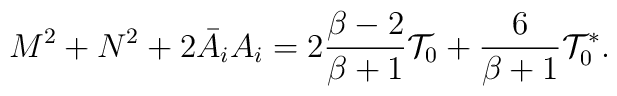
M^2+N^2+2\bar A_i A_i=2 {\beta-2\over \beta+1}{\cal T}_0+{6\over \beta+1}{\cal T}_0^*.